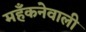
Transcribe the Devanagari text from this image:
महँकनेवाली